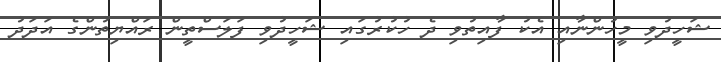
ޝަހީދުވި މީހުންނާއި އެކު ފާއިތުވި ދެ ހުކުރުގައި ޝަހީދުވި ފަލަސްތީން ރައްޔިތުންގެ އަދަދު